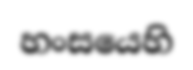
හංසයෙහි